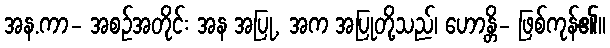
အန.ကာ- အစဉ်အတိုင်း အန အပြု, အက အပြုတို့သည်၊ ဟောန္တိ- ဖြစ်ကုန်၏။